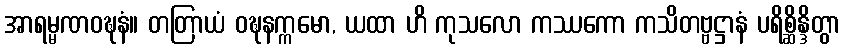
အာရမ္မဏဝဍ္ဎနံ။ တတြာယံ ဝဍ္ဎနက္ကမော, ယထာ ဟိ ကုသလော ကဿကော ကသိတဗ္ဗဋ္ဌာနံ ပရိစ္ဆိန္ဒိတွာ